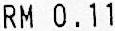
RM 0.11